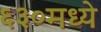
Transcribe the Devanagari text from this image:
६३०मध्ये